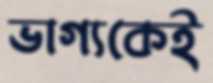
ভাগ্যকেই